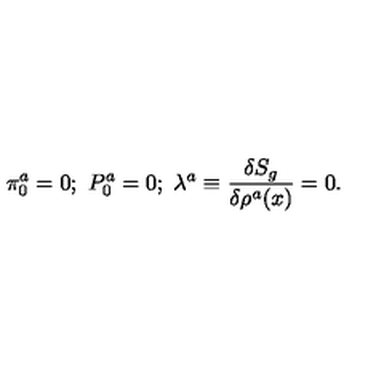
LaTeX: \pi _ { 0 } ^ { a } = 0 ; \ P _ { 0 } ^ { a } = 0 ; \ \lambda ^ { a } \equiv \frac { \delta S _ { g } } { \delta \rho ^ { a } ( x ) } = 0 .